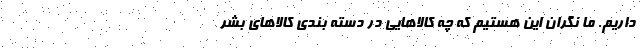
داریم. ما نگران این هستیم که چه کالاهایی در دسته بندی کالاهای بشر